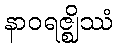
နာဝရဇ္ဈိဿံ